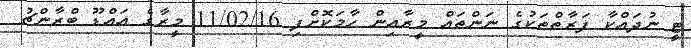
ޓީ ނުދައްކާ ފަރާތްތަކުގެ ނަންތައް މީރާއިން ހާމަކޮށްފި 11/02/16 މީރާގެ އައްޑޫ ބްރާންޗު